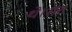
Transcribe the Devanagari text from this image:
थे।संत